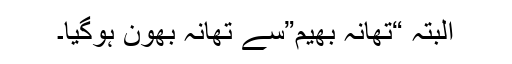
البتہ “تھانہ بھیم”سے تھانہ بھون ہوگیا۔